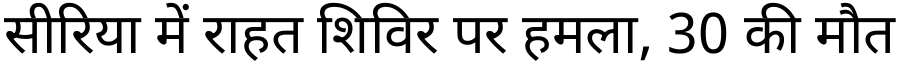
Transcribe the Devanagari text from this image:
सीरिया में राहत शिविर पर हमला, 30 की मौत